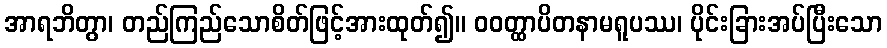
အာရဘိတွာ၊ တည်ကြည်သောစိတ်ဖြင့်အားထုတ်၍။ ဝဝတ္ထာပိတနာမရူပဿ၊ ပိုင်းခြားအပ်ပြီးသော